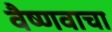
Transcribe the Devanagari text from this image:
वैष्णवाचा